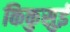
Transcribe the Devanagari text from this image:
किकुसुई